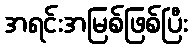
အရင်းအမြစ်ဖြစ်ပြီး